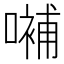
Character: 𡀨